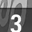
Digit: 3